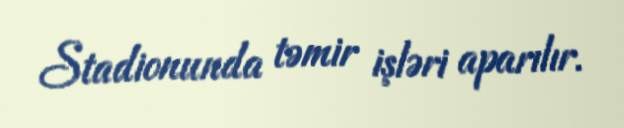
Stadionunda təmir işləri aparılır.